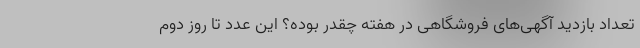
تعداد بازدید آگهی‌های فروشگاهی در هفته چقدر بوده؟ این عدد تا روز دوم